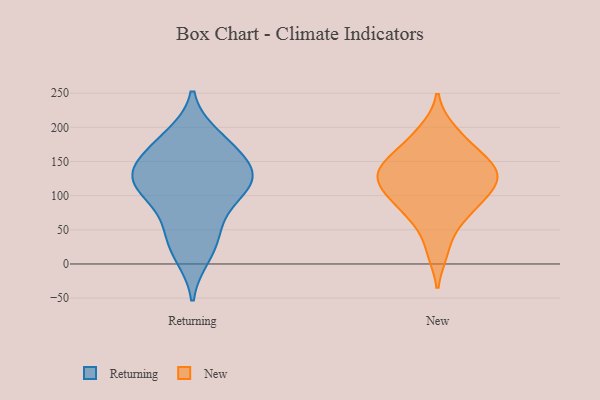
{"axis": {"x": "Headcount", "y": "Value"}, "legend": ["New", "Returning"], "data": [{"x": "", "y": 111, "type": "Returning"}, {"x": "", "y": 112, "type": "Returning"}, {"x": "", "y": 148, "type": "Returning"}, {"x": "", "y": 141, "type": "Returning"}, {"x": "", "y": 52, "type": "Returning"}, {"x": "", "y": 121, "type": "Returning"}, {"x": "", "y": 65, "type": "Returning"}, {"x": "", "y": 187, "type": "Returning"}, {"x": "", "y": 124, "type": "Returning"}, {"x": "", "y": 170, "type": "Returning"}, {"x": "", "y": 104, "type": "Returning"}, {"x": "", "y": 12, "type": "Returning"}, {"x": "", "y": 135, "type": "Returning"}, {"x": "", "y": 180, "type": "Returning"}, {"x": "", "y": 26, "type": "Returning"}, {"x": "", "y": 179, "type": "New"}, {"x": "", "y": 129, "type": "New"}, {"x": "", "y": 18, "type": "New"}, {"x": "", "y": 155, "type": "New"}, {"x": "", "y": 72, "type": "New"}, {"x": "", "y": 111, "type": "New"}, {"x": "", "y": 196, "type": "New"}, {"x": "", "y": 66, "type": "New"}, {"x": "", "y": 139, "type": "New"}, {"x": "", "y": 95, "type": "New"}, {"x": "", "y": 103, "type": "New"}, {"x": "", "y": 152, "type": "New"}, {"x": "", "y": 120, "type": "New"}, {"x": "", "y": 137, "type": "New"}]}